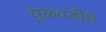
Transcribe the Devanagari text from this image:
धुळवडीचे